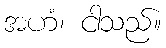
အဟံ၊ ငါသည်။